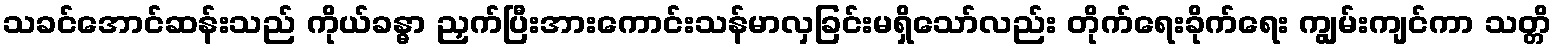
သခင်အောင်ဆန်းသည် ကိုယ်ခန္ဓာ ညှက်ပြီးအားကောင်းသန်မာလှခြင်းမရှိသော်လည်း တိုက်ရေးခိုက်ရေး ကျွမ်းကျင်ကာ သတ္တိ